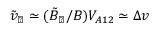
\tilde { v } _ { \perp } \simeq ( \tilde { B } _ { \perp } / B ) V _ { A 1 2 } \simeq \Delta v